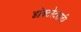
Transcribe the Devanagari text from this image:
डॉक्टरेटसाठी